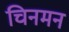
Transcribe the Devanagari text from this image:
चिनमन